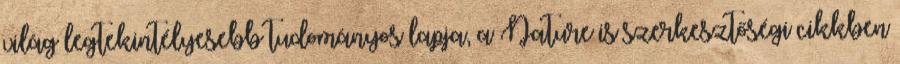
világ legtekintélyesebb tudományos lapja, a Nature is szerkesztőségi cikkben